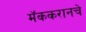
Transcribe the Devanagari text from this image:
मॅककरानचे